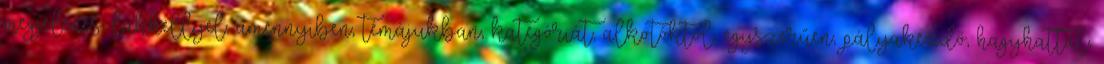
megjelenés, lakhellyel, amennyiben, témájukban, kategóriát, alkotóktól, egyszerűen, pályakezdő, hagyhattál,